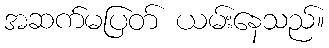
အဆက်မပြတ် ယမ်းနေသည်။